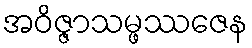
အဝိဇ္ဇာသမ္ဖဿဇေန